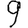
Digit: 9